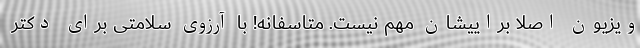
ویزیون اصلا براییشان مهم نیست. متاسفانه! با آرزوی سلامتی برای دکتر